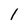
Character: l